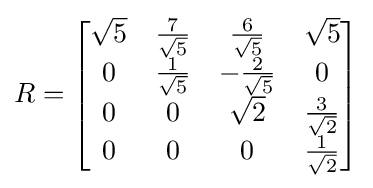
R={\begin{bmatrix}{\sqrt {5}}&{\frac {7}{\sqrt {5}}}&{\frac {6}{\sqrt {5}}}&{\sqrt {5}}\\0&{\frac {1}{\sqrt {5}}}&-{\frac {2}{\sqrt {5}}}&0\\0&0&{\sqrt {2}}&{\frac {3}{\sqrt {2}}}\\0&0&0&{\frac {1}{\sqrt {2}}}\end{bmatrix}}